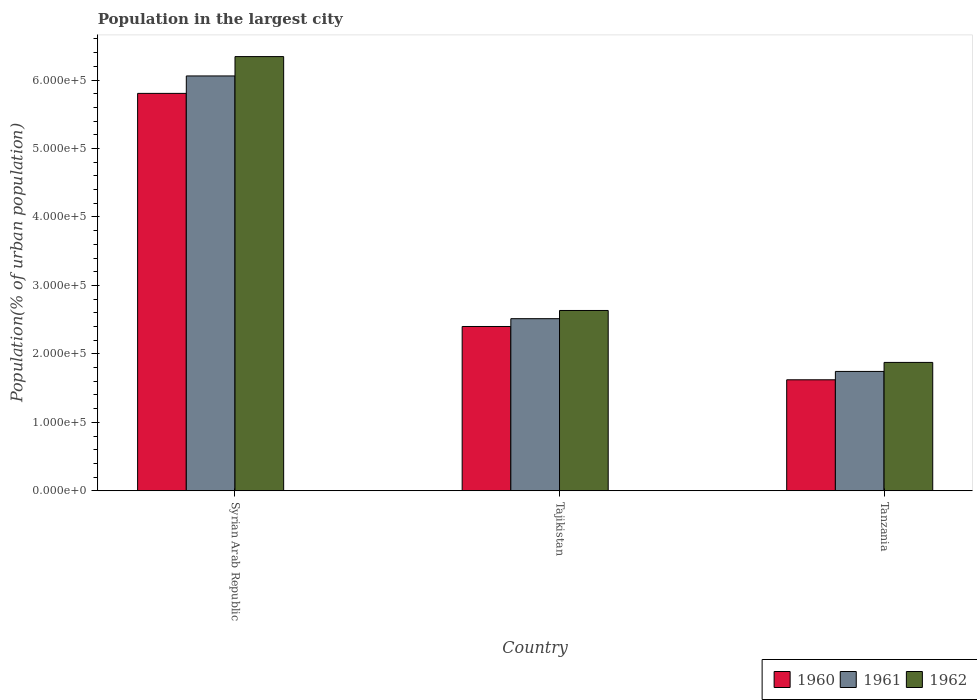
| Country | 1960 | 1961 | 1962 |
 | --- | --- | --- | --- |
 | Syrian Arab Republic | 5.8e+05 | 6.06e+05 | 6.34e+05 |
 | Tajikistan | 2.4e+05 | 2.51e+05 | 2.63e+05 |
 | Tanzania | 1.62e+05 | 1.74e+05 | 1.88e+05 |